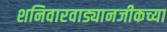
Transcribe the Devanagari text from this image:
शनिवारवाड्यानजीकच्या